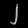
Digit: ၂